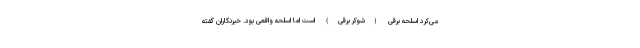
می‌کرد اسلحه برقی (شوکر برقی) است اما اسلحه واقعی بود. خبرنگاران گفته